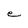
Character: e